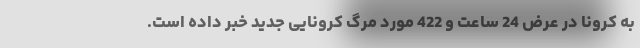
به کرونا در عرض 24 ساعت و 422 مورد مرگ کرونایی جدید خبر داده است.